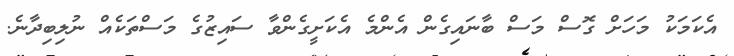
އެކަމަކު މަހަށް ގޮސް މަސް ބާނައިގެން އެންމެ އެކަށީގެންވާ ސައިޒުގެ މަސްތަކެއް ނުލިބިދާނެ.